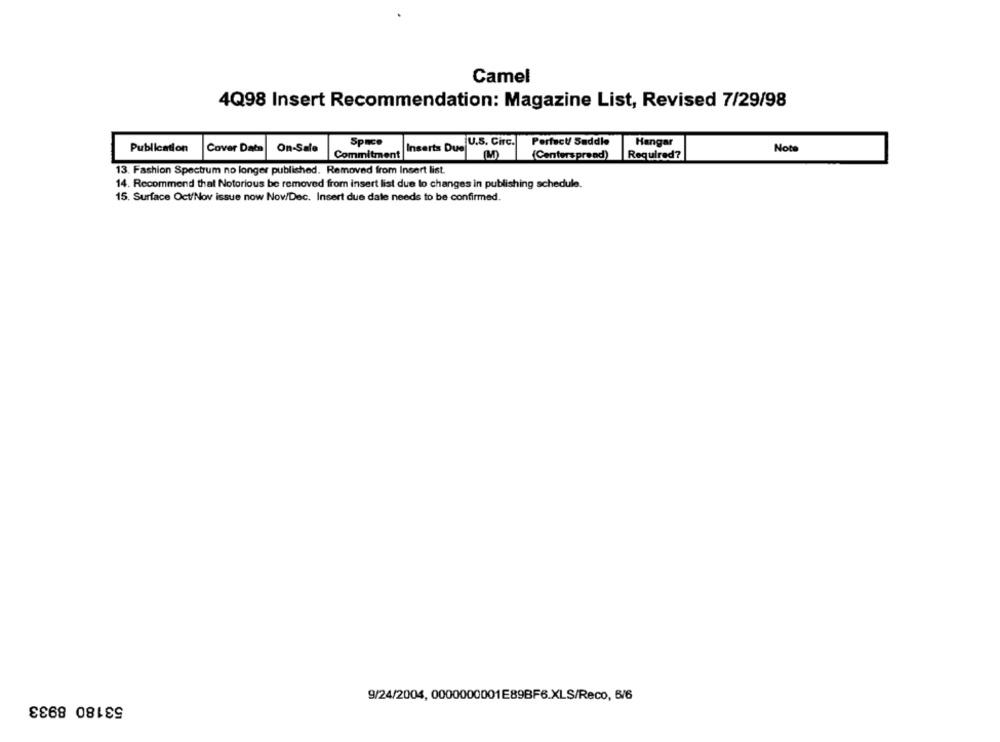
Camel
4Q98 Insert Recommendation: Magazine List, Revised 7/29/98
Space
U.S. Circ.
Hangar
Publication
Cover Data
On-Sale
Inserts Due
Perfect/ Saddle
Note
Commitment
(M)
(Centerspread)
Required?
13. Fashion Spectrum no longer published. Removed from Insert list.
14. Recommend that Notorious be removed from insert list due to changes in publishing schedule.
15. Surface Oct/Nov issue now Nov/Dec. Insert due date needs to be confirmed.
53180 8933
9/24/2004, 0000000001E89BF6.XLS/Reco, 6/6